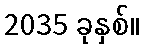
2035 ခုနှစ်။